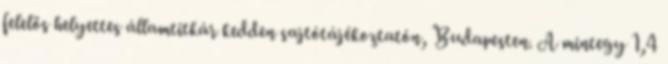
felelős helyettes államtitkár kedden sajtótájékoztatón, Budapesten. A mintegy 1,4